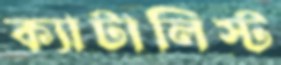
ক্যাটালিস্ট